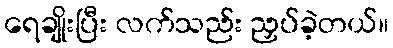
ရေချိုးပြီး လက်သည်း ညှပ်ခဲ့တယ်။